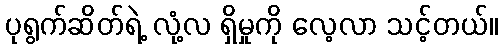
ပုရွက်ဆိတ်ရဲ့ လုံ့လ ရှိမှုကို လေ့လာ သင့်တယ်။